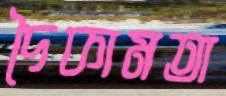
দৈকামতা